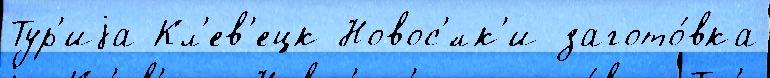
Тур'иjа Кл'ев'ецк Новос'́лк'и загото́вка